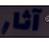
آثار